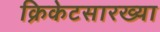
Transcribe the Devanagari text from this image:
क्रिकेटसारख्या